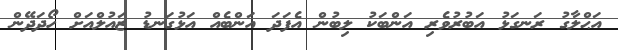
އަޙްލާގު ރަނގަޅު އަބުރުވެރި އަންބަކު ލިބުން އެފަދަ އަންބެއް އަޅުގަނޑު ޒައުލްއަށް ހޯދަދޭން